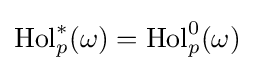
\operatorname {Hol} _{p}^{*}(\omega )=\operatorname {Hol} _{p}^{0}(\omega )